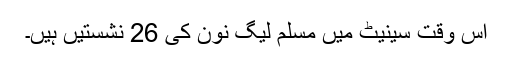
اس وقت سینیٹ میں مسلم لیگ نون کی 26 نشستیں ہیں۔